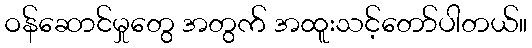
ဝန်ဆောင်မှုတွေ အတွက် အထူးသင့်တော်ပါတယ်။